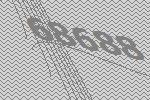
68688